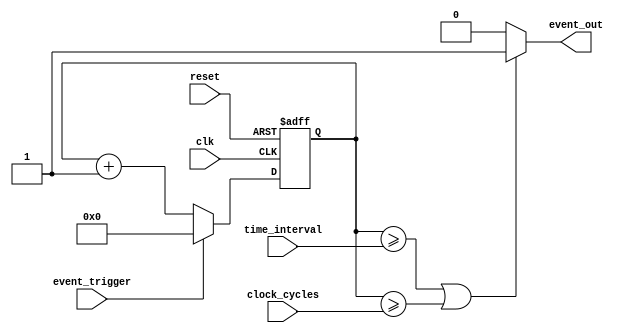
module event_timer (
  input wire clk,  // Clock input
  input wire reset, // Reset input
  input wire event_trigger, // Event trigger input
  input wire [7:0] time_interval, // Time interval input
  input wire [7:0] clock_cycles, // Number of clock cycles input
  output reg event_out // Event output signal
);

reg [7:0] counter; // Counter to keep track of elapsed time

always @(posedge clk or posedge reset) begin
  if (reset) begin
    counter <= 8'h00; // Reset the counter
  end else begin
    if (event_trigger) begin
      counter <= 8'h00; // Reset the counter on event trigger
    end else begin
      counter <= counter + 1; // Increment counter with each clock cycle
    end
  end
end

always @(*) begin
  if (counter >= time_interval || counter >= clock_cycles) begin
    event_out <= 1; // Output event when time interval or clock cycles is reached
  end else begin
    event_out <= 0; // No event output
  end
end

endmodule